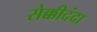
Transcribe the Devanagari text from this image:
सेक्कीदंदा